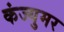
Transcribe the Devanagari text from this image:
कंज्युमर